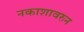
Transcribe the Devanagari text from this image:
नकाशावरुन